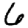
Digit: 6